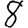
Digit: 8